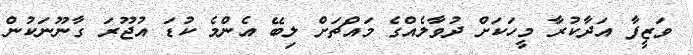
ވަޒީފާ އަދާކުރާ މީހަކަށް ދުވާލެއްގެ މައްޗަށް ލިބޭ އެންމެ ކުޑަ އުޖޫރަ ގާނޫނަކުން